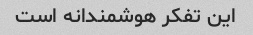
این تفکر هوشمندانه است